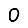
Digit: 0